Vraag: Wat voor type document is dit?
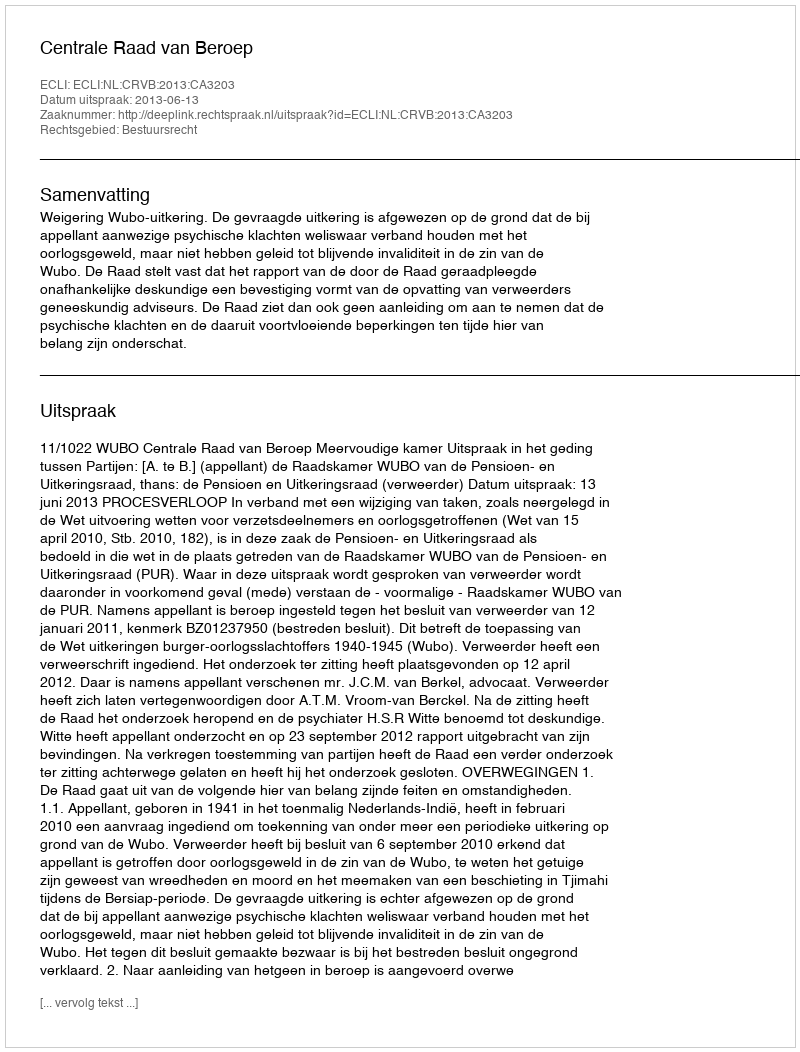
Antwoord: Uitspraak